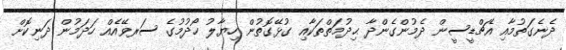
ދެނެގަތުމާއި އެޗްޑީސީން ދެމުންގެންދާ ޙިދުމަތްތަކާއި ގުޅޭގޮތުން ހިޔާލު ހޯދުމުގެ ސަރވޭއެއް ހަދަމުން ދަނިކޮށް